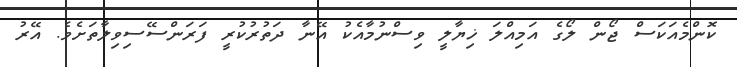
ކޮންމެއަކަސް ޖޯން ލޯގެ އަމިއްލަ ޚިޔާލީ ވިސްނުމާއެކު އޭނާ ދަތުރުކުރީ ފަރަންސޭސިވިލާތަށެވެ. އޭރު